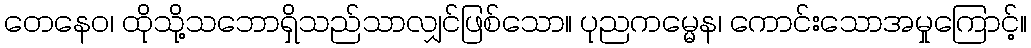
တေနေဝ၊ ထိုသို့သဘောရှိသည်သာလျှင်ဖြစ်သော။ ပုညကမ္မေန၊ ကောင်းသောအမှုကြောင့်။